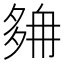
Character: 𡖭